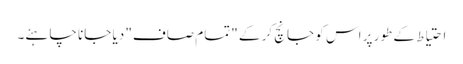
احتیاط کے طور پر اس کو جانچ کر کے "تمام صاف" دیا جانا چاہئے۔